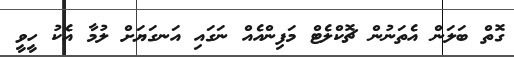
ގޮތް ބަލަން އެތަނުން ޗޮކްލެޓް މަފިންއެއް ނަގައި އަނގަޔަށް ލުމާ އެކު ހީވީ